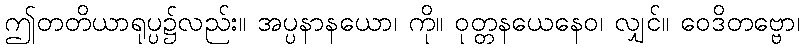
ဤတတိယာရုပ္ပ၌လည်း။ အပ္ပနာနယော၊ ကို။ ဝုတ္တနယေနေဝ၊ လျှင်။ ဝေဒိတဗ္ဗော၊